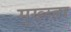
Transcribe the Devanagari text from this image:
मुख्य्ता